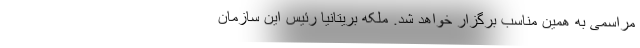
مراسمی به همین مناسب برگزار خواهد شد. ملکه بریتانیا رئیس این سازمان